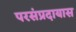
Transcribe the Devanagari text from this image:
परसंप्रदायास